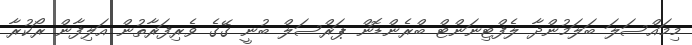
މިމައްސަލަ ބަލަމުންދާ ލެފްޓިނަންޓް ބްރެންޑޮން ޕަރްސަލް ބުނީ ގޭގެ ވެރިފަރާތުން އަލިފާން ރޯކުރާ